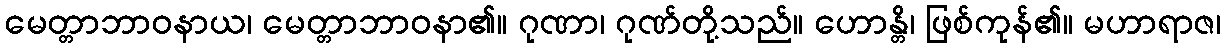
မေတ္တာဘာဝနာယ၊ မေတ္တာဘာဝနာ၏။ ဂုဏာ၊ ဂုဏ်တို့သည်။ ဟောန္တိ၊ ဖြစ်ကုန်၏။ မဟာရာဇ၊